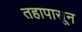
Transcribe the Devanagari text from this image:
तहापासून